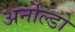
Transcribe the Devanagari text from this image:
अर्नाल्डो